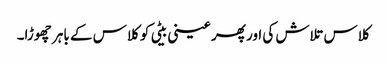
کلاس تلاش کی اور پھر عینی بیٹی کو کلاس کے باہر چھوڑا۔